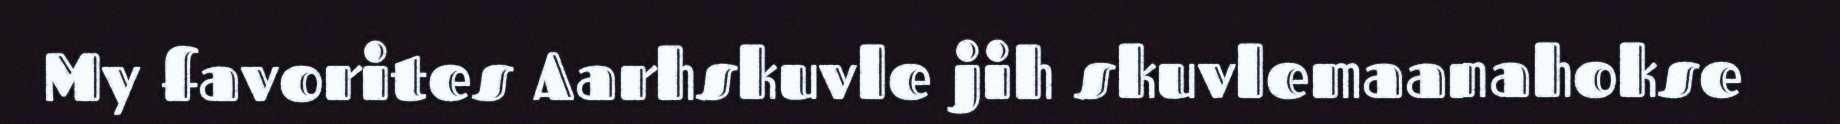
My favorites Aarhskuvle jih skuvlemaanahokse